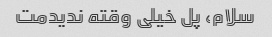
سلام، پل خیلی وقته ندیدمت